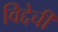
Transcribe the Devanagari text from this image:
विद्देची